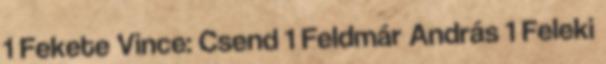
1 Fekete Vince: Csend 1 Feldmár András 1 Feleki